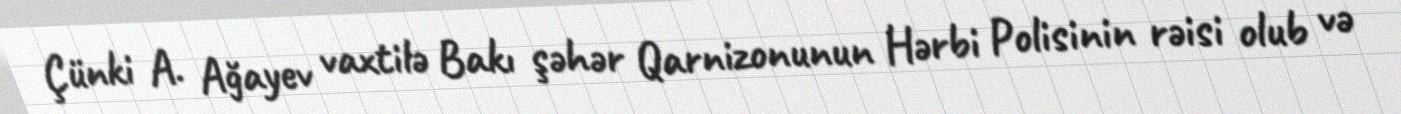
Çünki A. Ağayev vaxtilə Bakı şəhər Qarnizonunun Hərbi Polisinin rəisi olub və